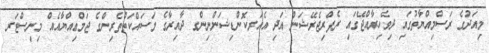
މިއަދުގެ ރަސްމިއްޔާތުގައި ދިވެހިރާއްޖޭގައި ރެފްރިޖެރޭޝަން އަދި އެއަރކޮންޑިޝަންނިންގ ދާއިރާގެ މަސައްކަތްތެރިންގެ ޖަމްޢިއްޔާއެއް މިނިސްޓަރ